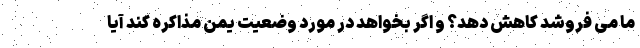
ما می فروشد کاهش دهد؟ و اگر بخواهد در مورد وضعیت یمن مذاکره کند آیا